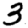
Digit: 3